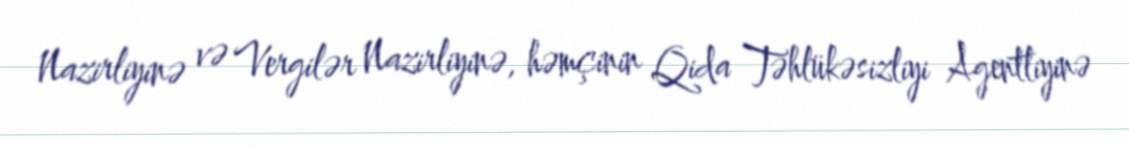
Nazirliyinə və Vergilər Nazirliyinə, həmçinin Qida Təhlükəsizliyi Agentliyinə